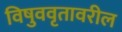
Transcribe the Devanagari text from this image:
विषुववृतावरील